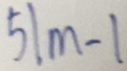
5 1 m - 1